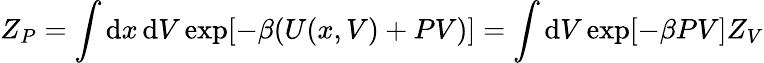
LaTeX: Z_{P}=\int\mathrm dx\, \mathrm dV\exp[-\beta(U(x,V)+PV)]=\int\mathrm dV\exp[-\beta PV]Z_{V}